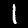
Label: 1